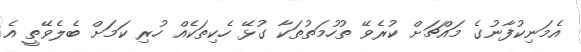
އެމަނިކުފާނުގެ މައްޗަށް ކުރެވޭ ތުހުމަތުތަކާ ގުޅޭ ހެކިތަކެއް ހުރި ކަމަށް ބެލެވޭތީ އެ